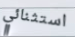
استثنائي